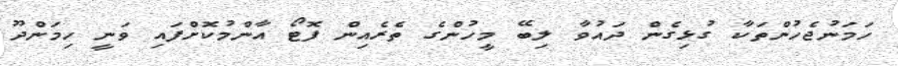
ހަމަނުޖެހުންތަކާ ގުޅިގެން ދައުވާ ލިބޭ މީހުންގެ ތެރެއިން ފޮޓޯ އާންމުކޮށްފައި ވަނީ ހިމަންދޫ